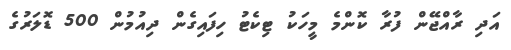
އަދި ރާއްޖޭން ފުރާ ކޮންމެ މީހަކު ޓިކެޓު ހިފައިގެން ދިއުމުން 500 ޑޮލަރުގެ